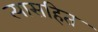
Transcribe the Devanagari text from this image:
त्यासहित